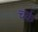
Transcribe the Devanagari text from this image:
चर्क